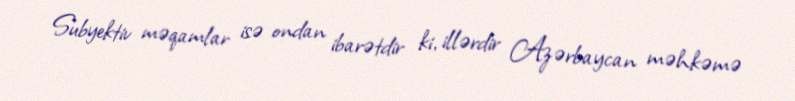
Subyektiv məqamlar isə ondan ibarətdir ki, illərdir Azərbaycan məhkəmə